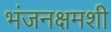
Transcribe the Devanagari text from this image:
भंजनक्षमशी